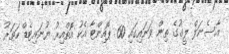
އާސެނަލް ލީގުގެ ތިން ވަނައިގައި 60 ޕޮއިންޓާ އެކު އޮތްއިރު ޔުނައިޓެޑް ހަތަރު